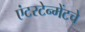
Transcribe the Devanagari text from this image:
एंटरटेन्मेंटचे